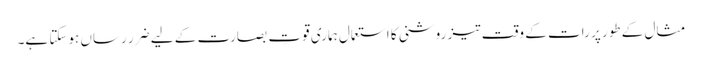
مثال کے طور پر رات کے وقت تیز روشنی کا استعمال ہماری قوتِ بصارت کے لیے ضرر رساں ہوسکتا ہے۔